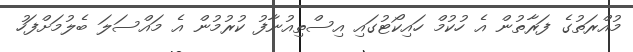
މުއްރަތުގެ ފަރާތުން އެ ހުކުމް ހައިކޯޓުގައި އިސްތިއުނާފު ކުރުމުން އެ މައްސަލަ ބެލުމަށްފަހު